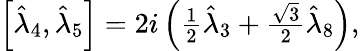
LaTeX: \begin{array}{r}{\left[\hat{\lambda}_{4},\hat{\lambda}_{5}\right]=2i\left(\frac{1}{2}\hat{\lambda}_{3}+\frac{\sqrt{3}}{2}\hat{\lambda}_{8}\right),}\end{array}